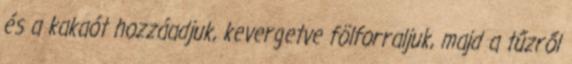
és a kakaót hozzáadjuk, kevergetve fölforraljuk, majd a tűzről